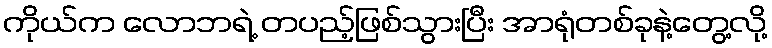
ကိုယ်က လောဘရဲ့ တပည့်ဖြစ်သွားပြီး အာရုံတစ်ခုနဲ့တွေ့လို့